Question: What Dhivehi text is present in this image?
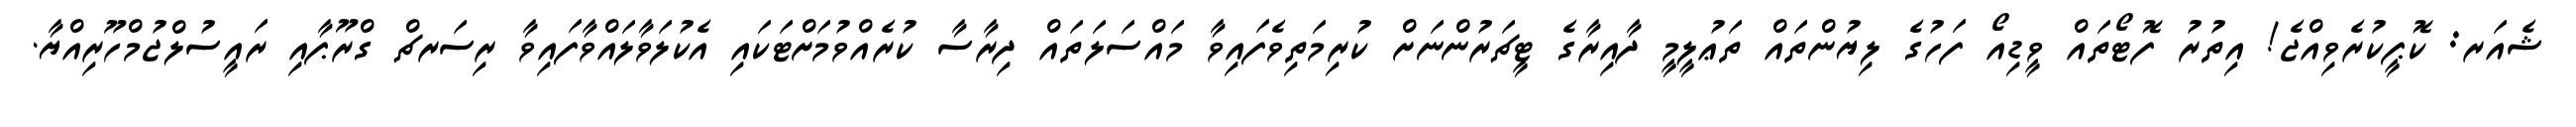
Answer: ޝެއަރ: ކޮޕީކުރެވިއްޖެ! އިތުރު ފޮޓޯތައް ވީޑިއޯ ފަހުގެ ލިޔުންތައް ތަޢުލީމީ ދާއިރާގެ ޓީޗަރުންނަށް ކުރިމަތިވެފައިވާ މައްސަލަތައް ދިރާސާ ކުރެއްވުމަށްޓަކައި އެކުލަވާލައްވާފައިވާ ރިސަރޗް ގްރޫޕާއި ރައީސުލްޖުމްހޫރިއްޔާ.